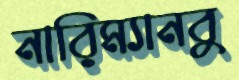
নারিম্যানবু